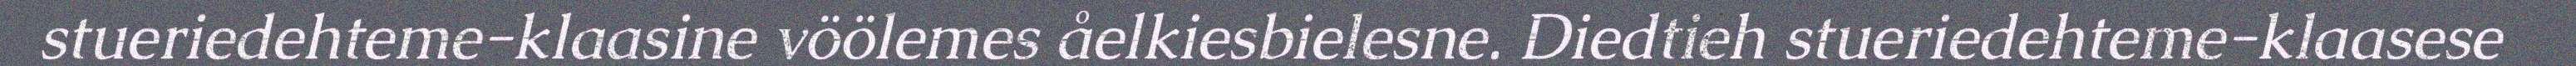
stueriedehteme-klaasine vöölemes åelkiesbielesne. Diedtieh stueriedehteme-klaasese